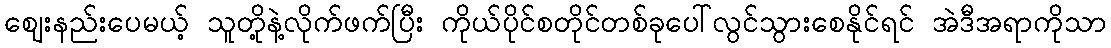
ဈေးနည်းပေမယ့် သူတို့နဲ့လိုက်ဖက်ပြီး ကိုယ်ပိုင်စတိုင်တစ်ခုပေါ်လွင်သွားစေနိုင်ရင် အဲဒီအရာကိုသာ